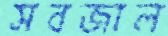
সবজাল